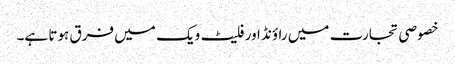
خصوصی تجارت میں راؤنڈ اور فلیٹ ویک میں فرق ہوتا ہے۔